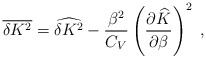
\begin{align*}\overline{\delta K^2}=\widehat{\delta K^2}-\frac{\beta^2}{C_V}\left(\frac{\partial\widehat{K}}{\partial\beta}\right)^2~,\end{align*}